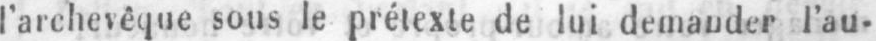
l’archevêque sous le prétexte de lui demander l’au-